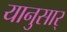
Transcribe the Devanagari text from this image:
यानुसार्